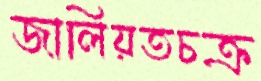
জালিয়তচক্র